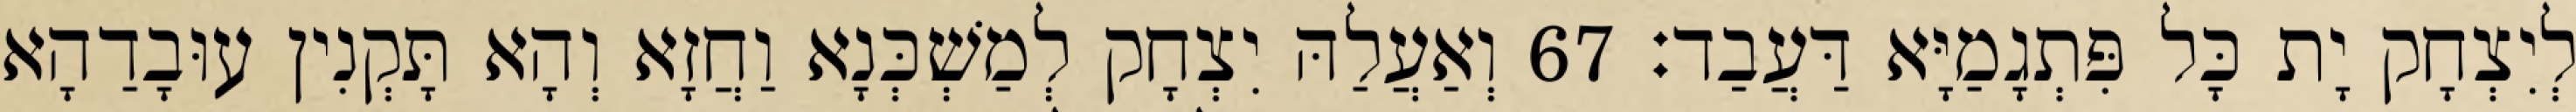
לְיִצְחָק יָת כָּל פִּתְגָמַיָּא דַּעֲבַד׃ 67 וְאַעֲלַהּ יִצְחָק לְמַשְׁכְּנָא וַחֲזָא וְהָא תָּקְנִין עוּבָדַהָא